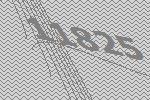
11825